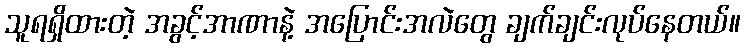
သူရရှိထားတဲ့ အခွင့်အာဏာနဲ့ အပြောင်းအလဲတွေ ချက်ချင်းလုပ်နေတယ်။